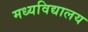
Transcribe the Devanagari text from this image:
मध्यविद्यालय